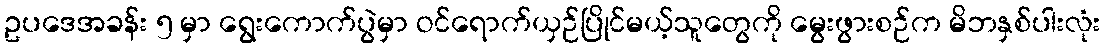
ဥပဒေအခန်း ၅ မှာ ရွေးကောက်ပွဲမှာ ဝင်ရောက်ယှဉ်ပြိုင်မယ့်သူတွေကို မွေးဖွားစဉ်က မိဘနှစ်ပါးလုံး